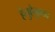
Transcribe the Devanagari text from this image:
हेतुहेतुमद